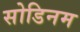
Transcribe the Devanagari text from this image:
सोडिनम